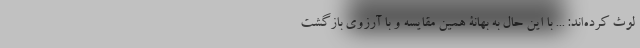
لوث کرده‌اند: ... با این حال به بهانۀ همین مقایسه و با آرزوی بازگشت